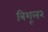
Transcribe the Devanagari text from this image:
त्रिशूल२